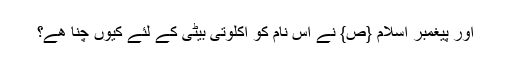
اور پیغمبر اسلام {ص} نے اس نام کو اکلوتی بیٹی کے لئے کیوں چنا ھے؟